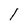
Character: l